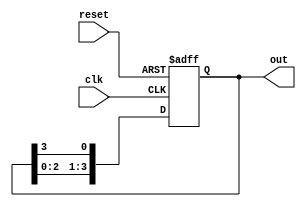
module ring_counter #(parameter N = 4) (
    input wire clk,          // Clock signal
    input wire reset,        // Asynchronous reset signal
    output reg [N-1:0] out   // Output representing the state of the ring counter
);

// Internal variable to hold the current state
reg [N-1:0] state;

// Always block for the ring counter operation
always @(posedge clk or posedge reset) begin
    if (reset) begin
        // Initialize the counter to the first state
        state <= 1'b1; // Set the first memory block to '1'
    end else begin
        // Shift the '1' to the next memory block
        state <= {state[N-2:0], state[N-1]}; // Circular shift
    end
end

// Assign the current state to the output
always @(*) begin
    out = state;
end

endmodule